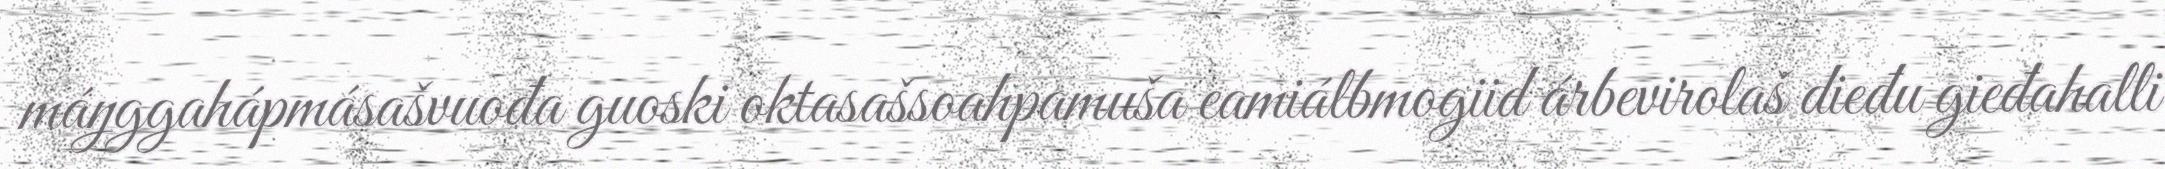
máŋggahápmásašvuođa guoski oktasašsoahpamuša eamiálbmogiid árbevirolaš dieđu gieđahalli